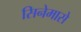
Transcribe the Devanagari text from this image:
सिनेमासे